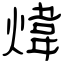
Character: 煒